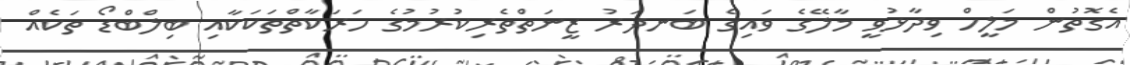
އެގޮތުން މަލީހް ވިދާޅުވީ މާލޭގެ ވައިގެ ބަނދަރު ޒީނަތްތެރިކުރުމުގެ ހަރަކާތްތަކަކާއި ބިލްބްޑޯ ތަކެއް